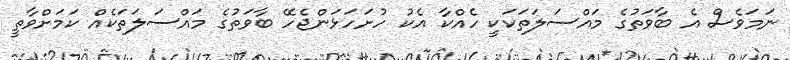
ނަމަވެސް އެ ބާވަތުގެ މައްސަލަތަކަކީ ހެއްކާ އެކު ހުށަހަޅަންޖެހޭ ބާވަތުގެ މައްސަލަތަކެއް ކަމަށްވާތީ